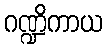
ဂဏ္ဍိကာယ